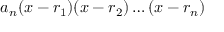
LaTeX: a _ { n } ( x - r _ { 1 } ) ( x - r _ { 2 } ) \dots ( x - r _ { n } )